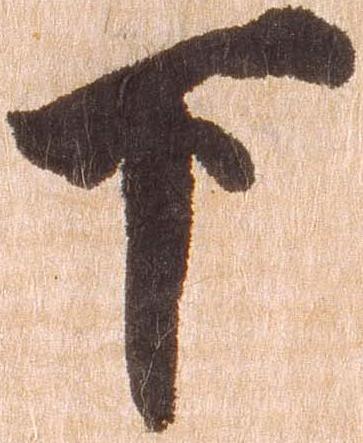
下